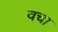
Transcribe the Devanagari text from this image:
वचा